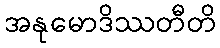
အနုမောဒိဿတီတိ